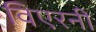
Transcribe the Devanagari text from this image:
विएरनी